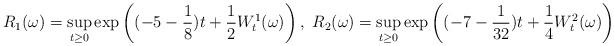
LaTeX: \begin{align*}R_1(\omega)=\sup_{t\geq0}\exp\left((-5-\frac18)t+\frac12W_t^1(\omega)\right),\ R_2(\omega)=\sup_{t\geq0}\exp\left((-7-\frac{1}{32})t+\frac14W_t^2(\omega)\right)\end{align*}